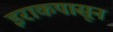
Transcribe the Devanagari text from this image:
इराकपासून